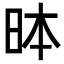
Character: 𪰐